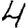
Digit: 4